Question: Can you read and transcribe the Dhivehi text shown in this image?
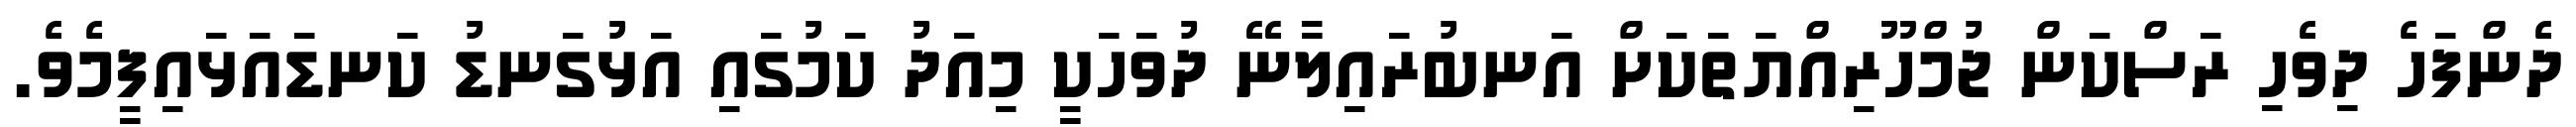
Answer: ދެންފަހެ ދިވެހި ރަސްކަން ޖުމްހޫރިއްޔަތަކަށް އަނބުރައިލާނޭ ދުވަހަކީ މިއަދު ކަމުގައި އަޅުގަނޑު ކަނޑައަޅައިފީމެވެ.